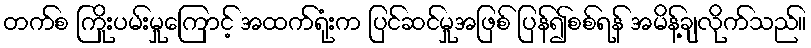
တက်စ ကြိုးပမ်းမှုကြောင့် အထက်ရုံးက ပြင်ဆင်မှုအဖြစ် ပြန်၍စစ်ရန် အမိန့်ချလိုက်သည်။